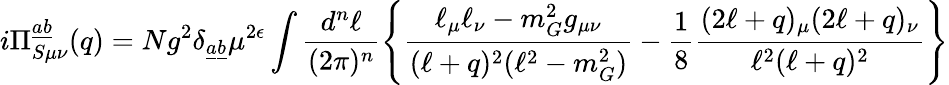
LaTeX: i\Pi_{S\mu\nu}^{\underline{{{a}}}\underline{{{b}}}}(q)=Ng^{2}\delta_{\underline{{{a}}}\underline{{{b}}}}\mu^{2\epsilon}\int\frac{d^{n}\ell}{(2\pi)^{n}}\left\{ \frac{\ell_{\mu}\ell_{\nu}-m_{G}^{2}g_{\mu\nu}}{(\ell+q)^{2}(\ell^{2}-m_{G}^{2})}-\frac{1}{8}\frac{(2\ell+q)_{\mu}(2\ell+q)_{\nu}}{\ell^{2}(\ell+q)^{2}}\right\}